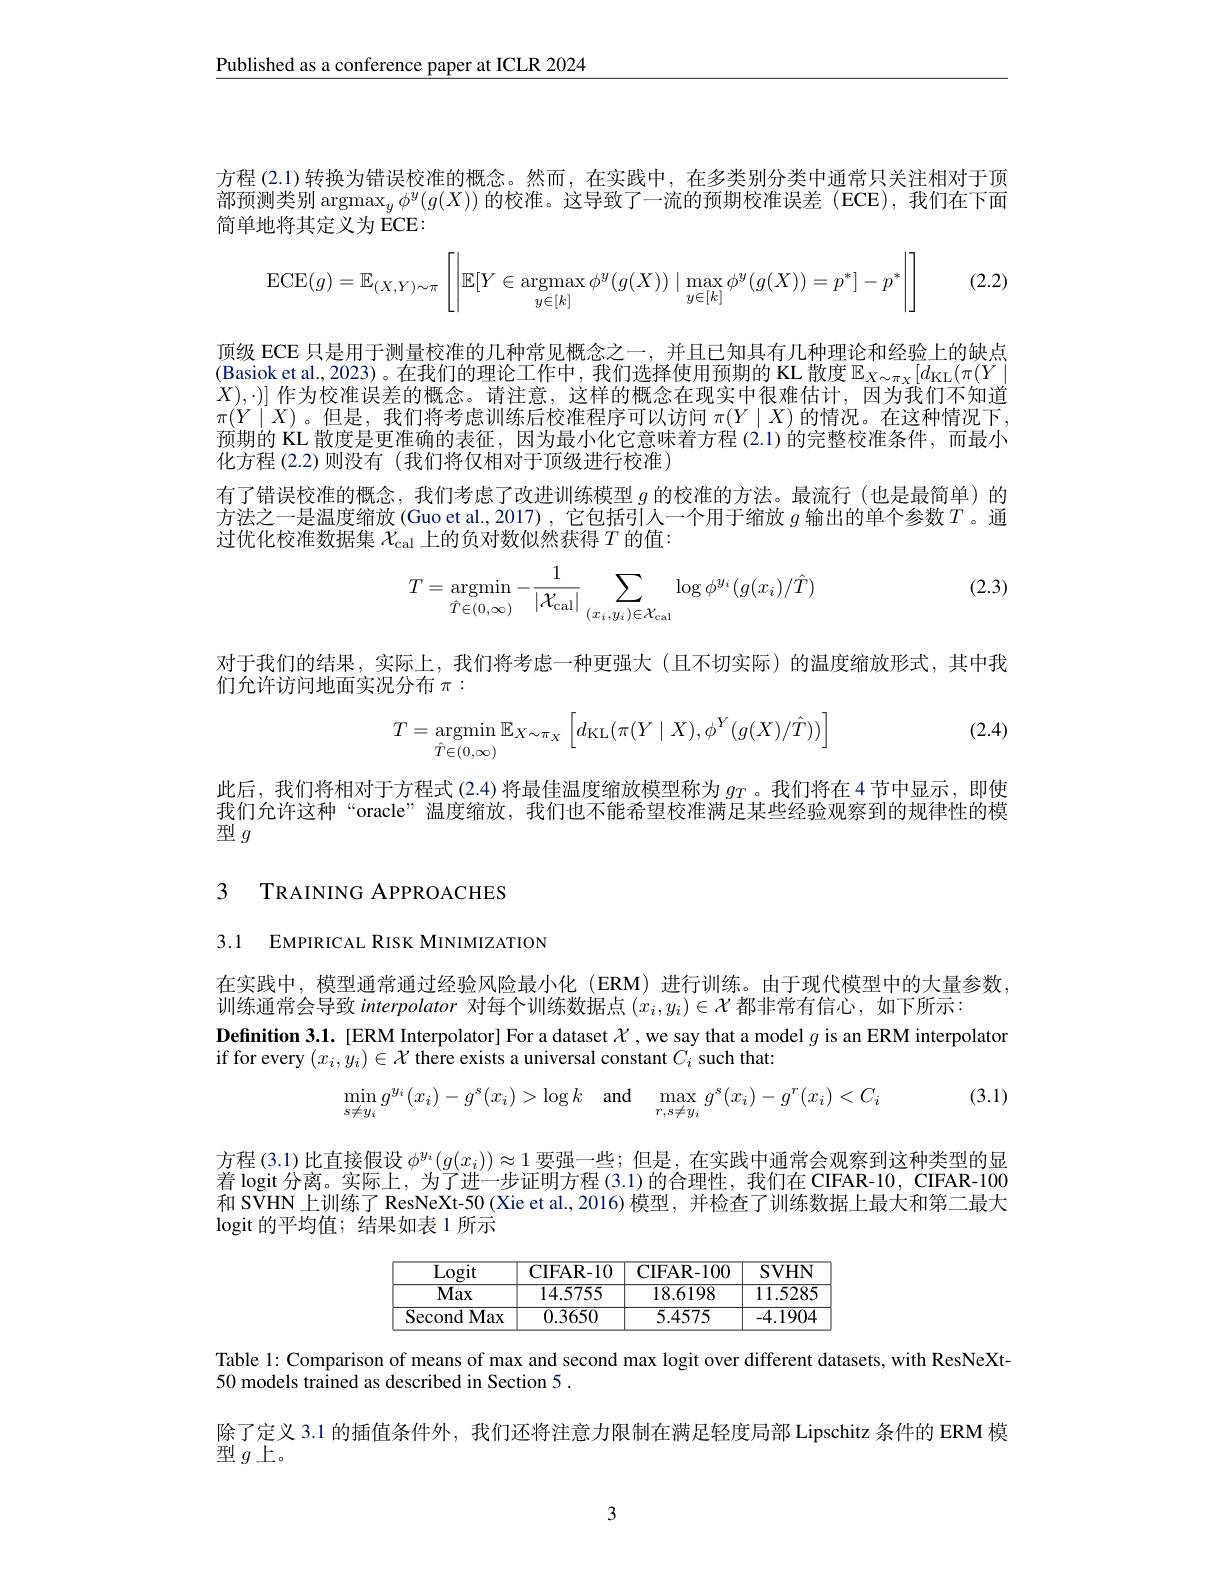
$\underline{\text{Published as a conference paper at ICLR 2024}}$

方程 (2.1)转换为错误校准的概念。然而，在实践中，在多类别分类中通常只关注相对于顶部预测类别$\operatorname*{argmax}_y\phi^y(g(X))$ 的校准。这导致了一流的预期校准误差(ECE),我们在下面简单地将其定义为 ECE:
$$\operatorname{ECE}(g)=\mathbb{E}_{(X,Y)\sim\pi}\left[\left|\mathbb{E}[Y\in\operatorname{argmax}_{y\in[k]}\phi^y(g(X))\mid\max_{y\in[k]}\phi^y(g(X))=p^*]-p^*\right|\right]$$
(2.2)

顶级 ECE 只是用于测量校准的几种常见概念之一，并且已知具有几种理论和经验上的缺点(Basiok et al., 2023)。在我们的理论工作中，我们选择使用预期的 KL 散度$\mathbb{E}_X\sim\pi_X[d_{\mathrm{KL}}(\pi(Y|$ $X),\cdot)]$作为校准误差的概念。请注意，这样的概念在现实中很难估计，因$\pi(Y\mid X)$。但是，我们将考虑训练后校准程序可以访问 $\pi(Y\mid X)$ 的情况。在这种情况下， 预期的 KL 散度是更准确的表征，因为最小化它意味着方程 (2.1)的完整校准条件，而最小化方程 (2.2)则没有 (我们将仅相对于顶级进行校准)
有了错误校准的概念，我们考虑了改进训练模型$g$的校准的方法。最流行 (也是最简单)的方法之一是温度缩放 (Guo et al., 2017) , 它包括引入一个用于缩放 $g$ 输出的单个参数$T$。通过优化校准数据集$\mathcal{X}_\mathrm{cal}$上的负对数似然获得$T$的值：

(2.3)
$$T=\mathop{\mathrm{argmin}}_{\hat{T}\in(0,\infty)}-\frac{1}{|\mathcal{X}_{\mathrm{cal}}|}\sum_{(x_i,y_i)\in\mathcal{X}_{\mathrm{cal}}}\log\phi^{y_i}(g(x_i)/\hat{T})$$
对于我们的结果，实际上，我们将考虑一种更强大(且不切实际)的温度缩放形式，其
们允许访问地面实况分布$\pi:$

(2.4)
$$T=\underset{\hat{T}\in(0,\infty)}{\text{argmin}}\mathbb{E}_{X\sim\pi_X}\left[d_{\text{KL}}(\pi(Y\mid X),\phi^Y(g(X)/\hat{T}))\right]$$
此后，我们将相对于方程式(2.4)将最佳温度缩放模型称为$g_T$ 。我们我们允许这种“oracle”,温度缩放，我们也不能希望校准满足某些经验观察到的规律性的模型$g$

# 3 TRAINING APPROACHES

3.1 EMPIRICAL RISK MINIMIZATION

在实践中，模型通常通过经验风险最小化 (ERM)进行训练。由于现代模型中的大量参数，
训练通常会导致 interpolator 对每个训练数据点$(x_i,y_i)\in\mathcal{X}$都非常有信心，如下所示：
Definition 3.1. [ERM Interpolator] For a dataset $\mathcal{X}$ ,we say that a model $g$ is an ERM interpolator
if for every $(x_i,y_i)\in\mathcal{X}$ there exists a universal constant $C_i$ such that:

(3.1)
$$\min_{s\neq y_i}g^{y_i}(x_i)-g^s(x_i)>\log k\quad\text{and}\quad\max_{r,s\neq y_i}g^s(x_i)-g^r(x_i)<C_i$$
方程 (3.1) 比直接假设$\phi^y_i(g(x_i))\approx1$要强一些； 首 logit 分 离 。实 际 上 , 为 了 进 一 步 证 明 方 程 ( 3. 1) 的 合 理 性 , 我 们 在 CIFAR- 10, CIFAR- 100和 SVHN 上训练了 ResNeXt-50 (Xie et al., 2016) 模型 , 并检查了训练数据上最大和第二最大logit 的平均值；结果如表 1 所示
$$\begin{array}{|c|c|c|c|}\hline\text{Logit}&\text{CIFAR-10}&\text{CIFAR-100}&\text{SVHN}\\\hline\text{Max}&14.5755&18.6198&11.5285\\\hline\text{Second Max}&0.3650&5.4575&-4.1904\\\hline\end{array}$$
Table 1: Comparison of means of max and second max logit over different datasets, with ResNeXt-
50 models trained as described in Section 5 .
除了定义 3.1 的插值条件外，我们还将注意力限制在满足轻度局部 Lipschitz 条件的 ERM 模
型$g$上。

3